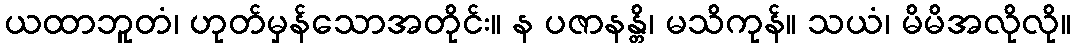
ယထာဘူတံ၊ ဟုတ်မှန်သောအတိုင်း။ န ပဇာနန္တိ၊ မသိကုန်။ သယံ၊ မိမိအလိုလို။